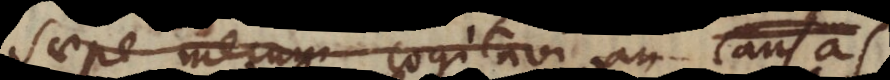
saepe mecum cogitavi an